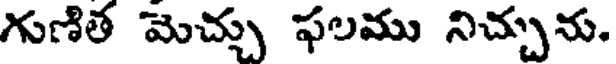
గుణిత మెచ్చు ఫలము నిచ్చను.